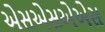
એસએસએએસ